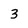
Character: 3